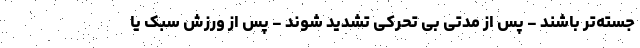
جسته‌تر باشند - پس از مدتی بی تحرکی تشدید شوند - پس از ورزش سبک یا